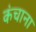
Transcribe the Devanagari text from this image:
कंचाना